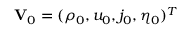
\mathbf { V } _ { 0 } = ( \rho _ { 0 } , u _ { 0 } , j _ { 0 } , \eta _ { 0 } ) ^ { T }